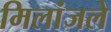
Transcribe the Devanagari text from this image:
मिलांजले